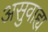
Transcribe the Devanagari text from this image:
असुवाह्य